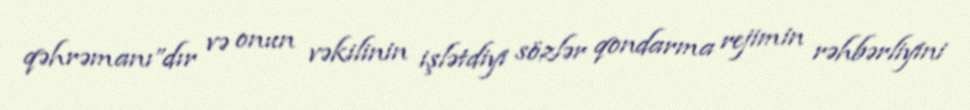
qəhrəmanı”dır və onun vəkilinin işlətdiyi sözlər qondarma rejimin rəhbərliyini